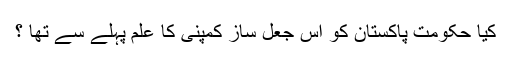
کیا حکومت پاکستان کو اس جعل ساز کمپنی کا علم پہلے سے تھا ؟